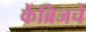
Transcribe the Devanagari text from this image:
केंब्रिजचे